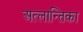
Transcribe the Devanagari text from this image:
अत्लान्तिका